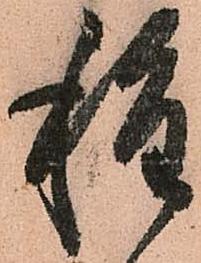
種